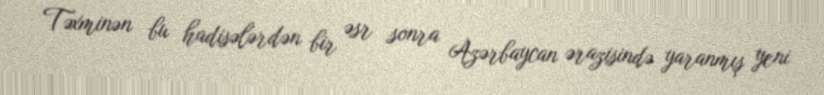
Təxminən bu hadisələrdən bir əsr sonra Azərbaycan ərazisində yaranmış yeni